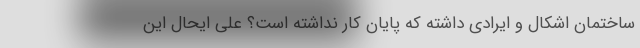
ساختمان اِشکال و ایرادی داشته که پایان کار نداشته است؟ علی ایحال این